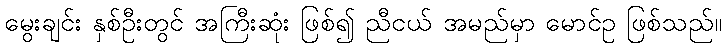
မွေးချင်း နှစ်ဦးတွင် အကြီးဆုံး ဖြစ်၍ ညီငယ် အမည်မှာ မောင်ဥ ဖြစ်သည်။